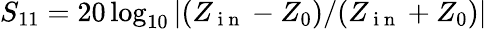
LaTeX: S_{11}=20\log_{10}\left|(Z_{\mathrm{~i~n~}}-Z_{0})/(Z_{\mathrm{~i~n~}}+Z_{0})\right|